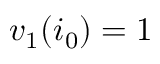
v _ { 1 } ( i _ { 0 } ) = 1